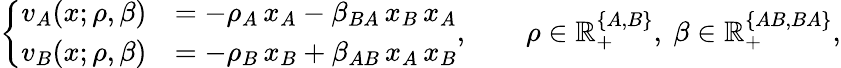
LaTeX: \left\{ \begin{array}{rl}{v_{A}(x;\rho,\beta)}&{=-\rho_{A}\, x_{A}-\beta_{BA}\, x_{B}\, x_{A}}\\ {v_{B}(x;\rho,\beta)}&{=-\rho_{B}\, x_{B}+\beta_{AB}\, x_{A}\, x_{B}}\end{array}\right.,\qquad\rho\in\mathbb{R}_{+}^{\{ A,B\} },\ \beta\in\mathbb{R}_{+}^{\{ AB,BA\} },